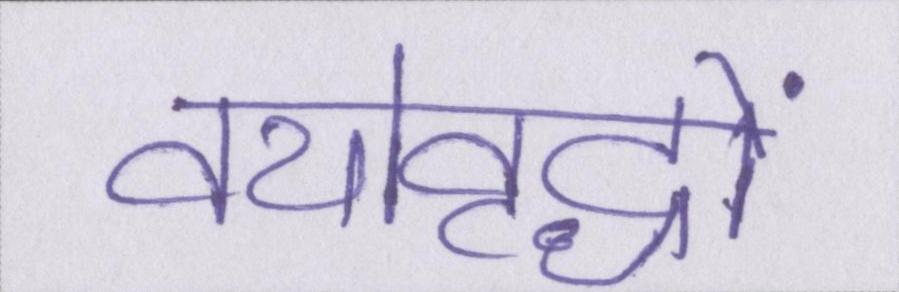
वयोवृद्धों